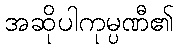
အဆိုပါကုမ္ပဏီ၏